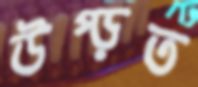
উপ্‌ড়ত